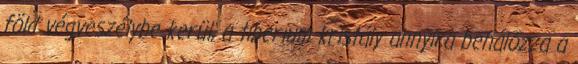
föld végveszélybe kerül, a tiberium kristály annyira behálózza a